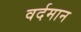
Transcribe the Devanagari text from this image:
वर्दमान